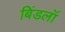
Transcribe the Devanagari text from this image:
बिंडलॉ